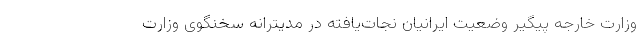
وزارت خارجه پیگیر وضعیت ایرانیان نجات‌یافته در مدیترانه سخنگوی وزارت